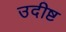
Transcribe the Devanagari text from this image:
उदीष्ट